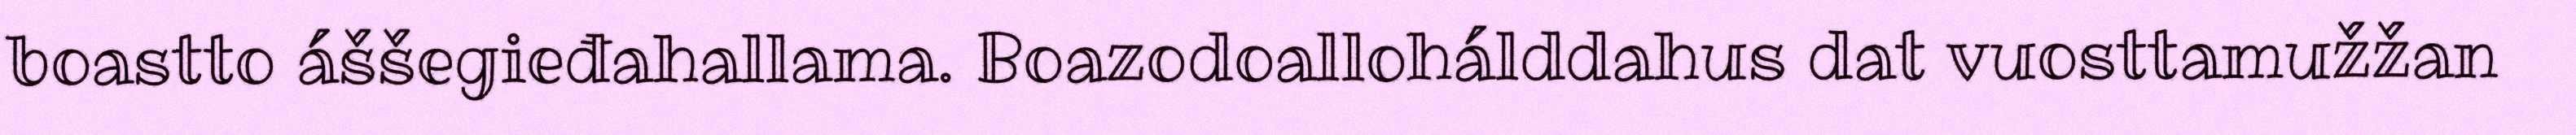
boastto áššegieđahallama. Boazodoallohálddahus dat vuosttamužžan